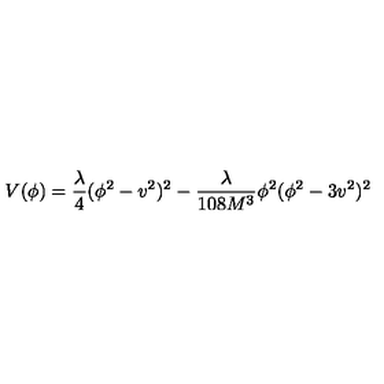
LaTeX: V ( \phi ) = \frac { \lambda } { 4 } ( \phi ^ { 2 } - v ^ { 2 } ) ^ { 2 } - \frac { \lambda } { 1 0 8 M ^ { 3 } } \phi ^ { 2 } ( \phi ^ { 2 } - 3 v ^ { 2 } ) ^ { 2 }